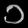
Digit: ၁